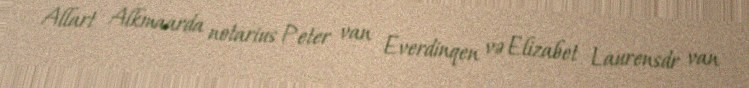
Allart Alkmaarda notarius Peter van Everdinqen və Elizabet Laurensdr van